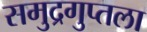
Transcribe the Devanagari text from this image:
समुद्रगुप्तला